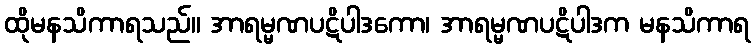
ထိုမနသိကာရသည်။ အာရမ္မဏပဋိပါဒကော၊ အာရမ္မဏပဋိပါဒက မနသိကာရ